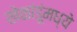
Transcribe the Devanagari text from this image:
खेळांडूंमध्ये